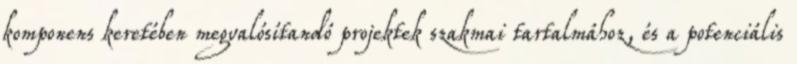
komponens keretében megvalósítandó projektek szakmai tartalmához, és a potenciális